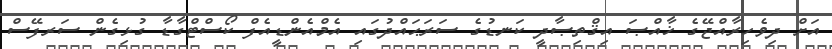
އަށް ދިވެހިރާއްޖޭގެ ޚާއްޞަ އިޤްތިޞާދީ ކަނޑުގެ ސަރަޙައްދުގައި އެމްއެންޑީއެފް ކޯސްޓްގާޑާ ގުޅިގެން ސަރފޭސް